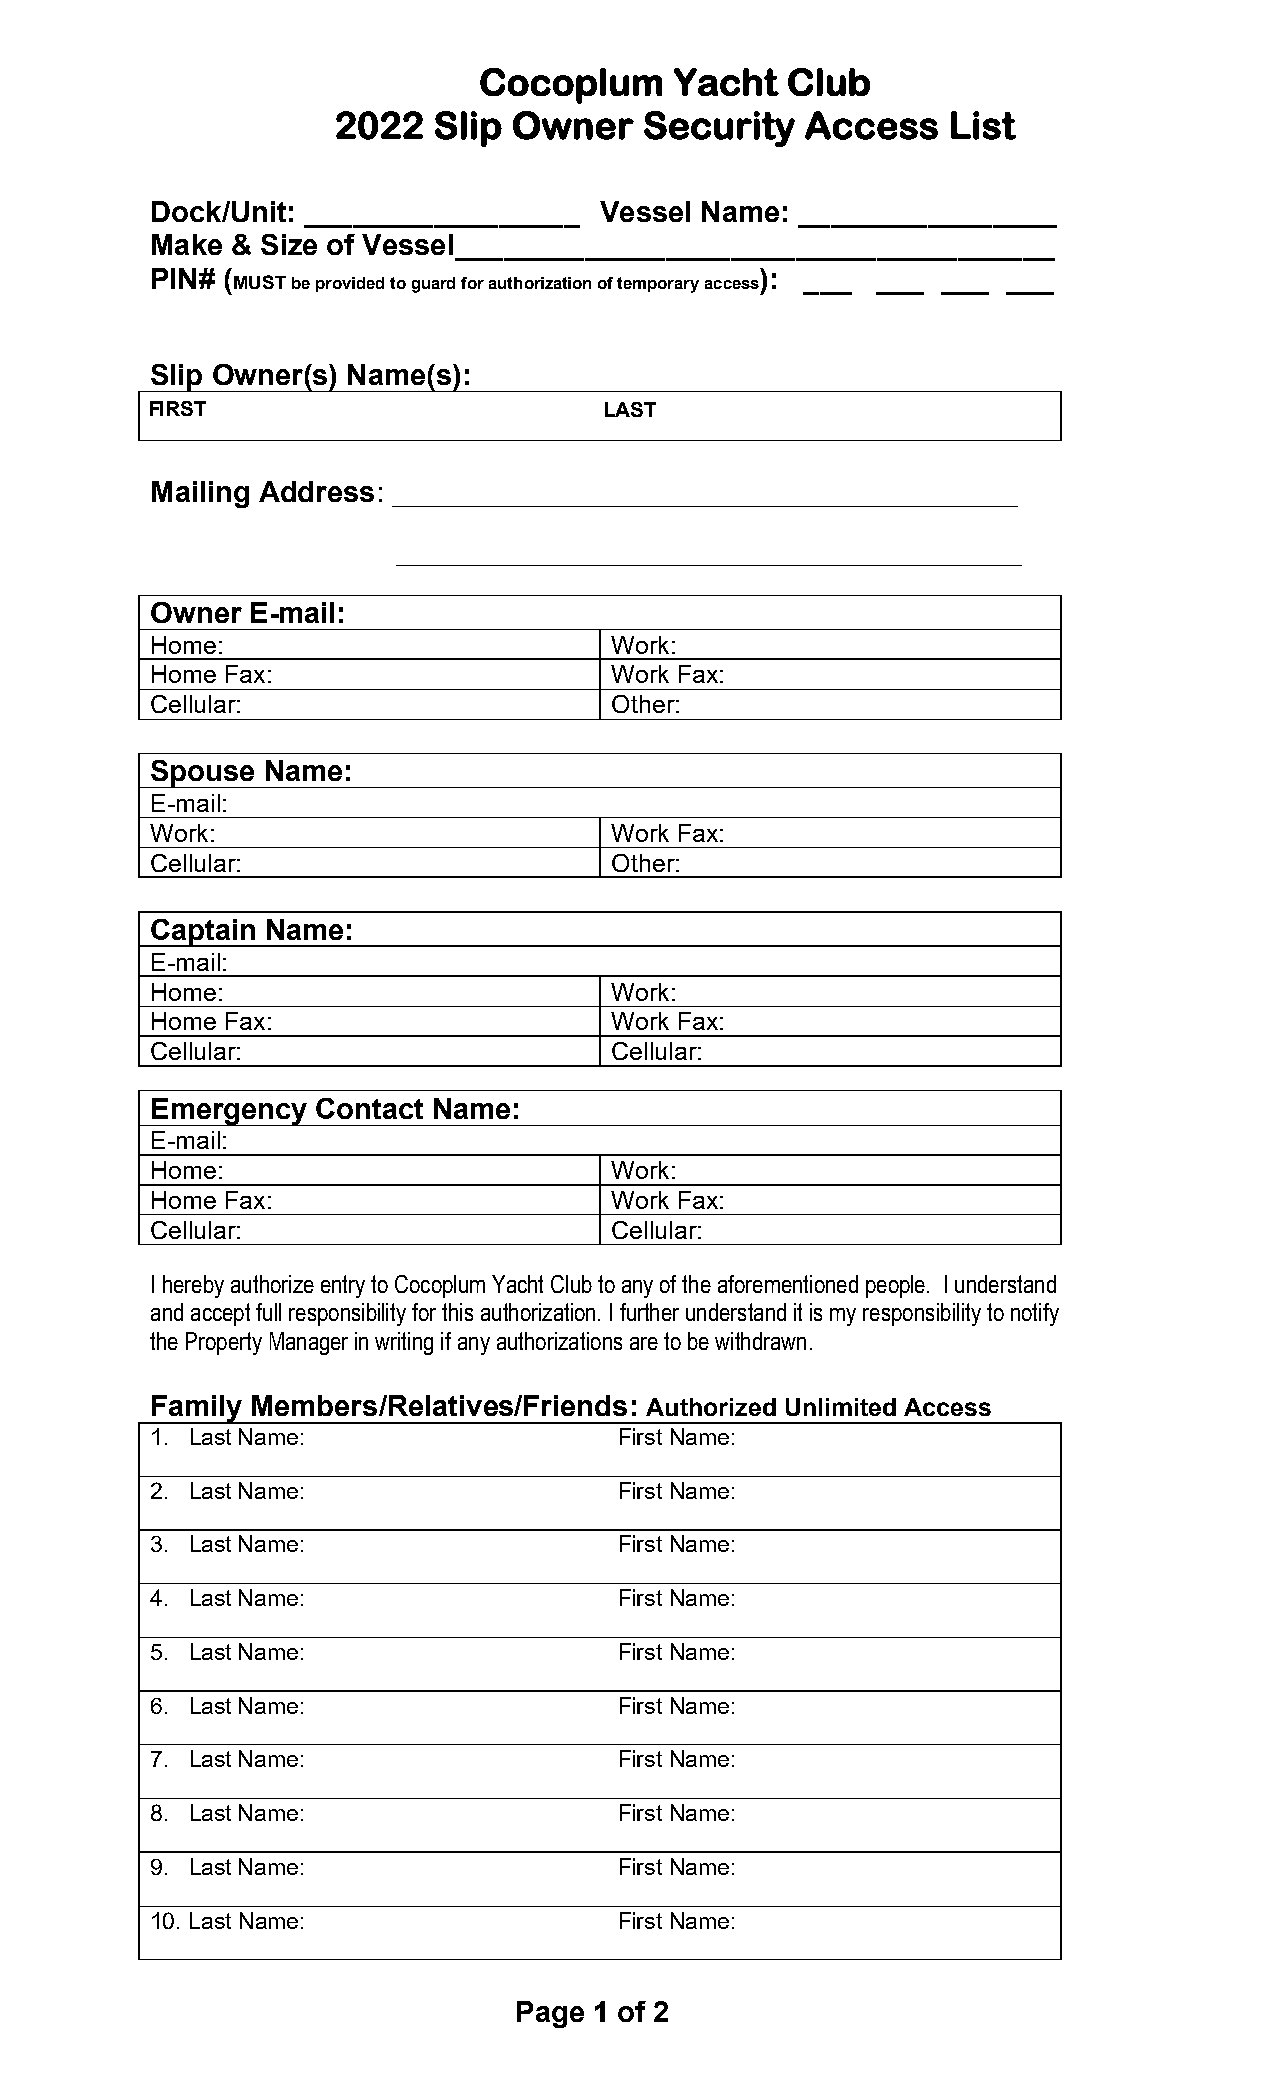
Cocoplum     Yacht  Club
 2022   Slip Owner    Security  Access    List
 Dock/Unit: _________________  Vessel Name: ________________
 Make & Size of Vessel_____________________________________
 PIN# (                                  ): ___  ___ ___  ___
 MUST be provided to guard for authorization of temporary access
 Slip Owner(s) Name(s):
 FIRST                         LAST
 Mailing Address: _____________________________________________
 _____________________________________________
 Owner E-mail:
 Home:                         Work:
 Home Fax:                     Work Fax:
 Cellular:                     Other:
 Spouse Name:
 E-mail:
 Work:                         Work Fax:
 Cellular:                     Other:
 Captain Name:
 E-mail:
 Home:                         Work:
 Home Fax:                     Work Fax:
 Cellular:                     Cellular:
 Emergency  Contact Name:
 E-mail:
 Home:                         Work:
 Home Fax:                     Work Fax:
 Cellular:                     Cellular:
 I hereby authorize entry to Cocoplum Yacht Club to any of the aforementioned people. I understand
 and accept full responsibility for this authorization. I further understand it is my responsibility to notify
 the Property Manager in writing if any authorizations are to be withdrawn.
 Family Members/Relatives/Friends: Authorized Unlimited Access
 1. Last Name:                  First Name:
 2. Last Name:                  First Name:
 3. Last Name:                  First Name:
 4. Last Name:                  First Name:
 5. Last Name:                  First Name:
 6. Last Name:                  First Name:
 7. Last Name:                  First Name:
 8. Last Name:                  First Name:
 9. Last Name:                  First Name:
 10. Last Name:                 First Name:
 Page 1 of 2